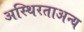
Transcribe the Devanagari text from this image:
अस्थिरताअन्य